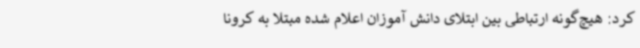
کرد: هیچ‌گونه ارتباطی بین ابتلای دانش آموزان اعلام شده مبتلا به کرونا